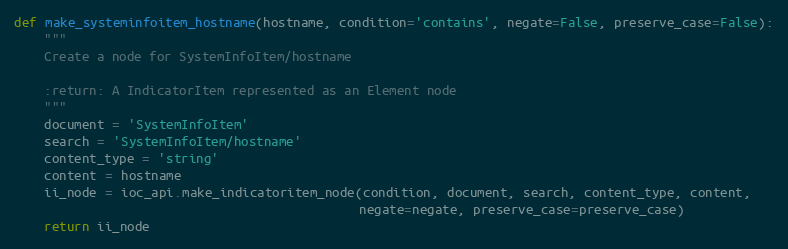
Language: Python
def make_systeminfoitem_hostname(hostname, condition='contains', negate=False, preserve_case=False):
    """
    Create a node for SystemInfoItem/hostname

    :return: A IndicatorItem represented as an Element node
    """
    document = 'SystemInfoItem'
    search = 'SystemInfoItem/hostname'
    content_type = 'string'
    content = hostname
    ii_node = ioc_api.make_indicatoritem_node(condition, document, search, content_type, content,
                                              negate=negate, preserve_case=preserve_case)
    return ii_node